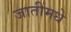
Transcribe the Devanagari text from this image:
जातींमधे